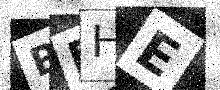
Text: BEHE